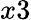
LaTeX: x3